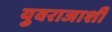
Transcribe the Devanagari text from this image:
युवराजाशी